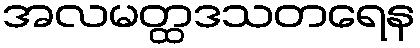
အလမတ္ထဒသတရေန